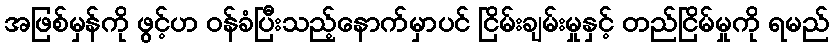
အဖြစ်မှန်ကို ဖွင့်ဟ ဝန်ခံပြီးသည့်နောက်မှာပင် ငြိမ်းချမ်းမှုနှင့် တည်ငြိမ်မှုကို ရမည်